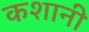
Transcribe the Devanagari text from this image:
कशानी